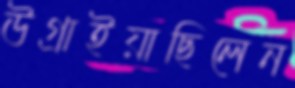
উগ্‌রাইয়াছিলেন